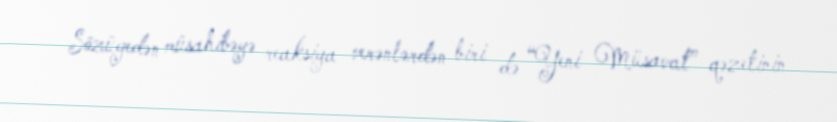
Sözügedən müsahibəyə reaksiya verənlərdən biri də “Yeni Müsavat” qəzetinin